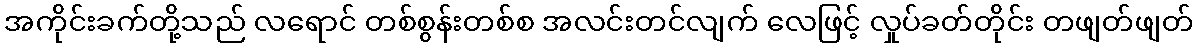
အကိုင်းခက်တို့သည် လရောင် တစ်စွန်းတစ်စ အလင်းတင်လျက် လေဖြင့် လှုပ်ခတ်တိုင်း တဖျတ်ဖျတ်